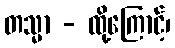
တသ္မာ - ထို့ကြောင့်၊